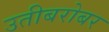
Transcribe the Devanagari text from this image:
उतीबरोबर